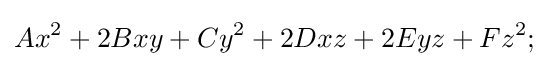
Ax^{2}+2Bxy+Cy^{2}+2Dxz+2Eyz+Fz^{2};